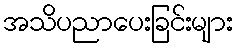
အသိပညာပေးခြင်းများ